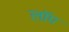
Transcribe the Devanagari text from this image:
लॉप